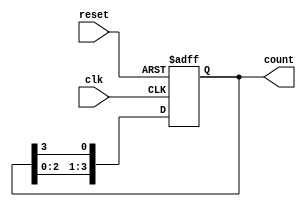
module bistable_ring_counter (
    input wire clk,           // Clock input
    input wire reset,         // Asynchronous reset input
    output reg [3:0] count    // 4-bit output for the ring counter
);

    // Initial state
    initial begin
        count = 4'b0001; // Initialize to state 0: 0001
    end

    // Always block triggered on the rising edge of the clock or reset
    always @(posedge clk or posedge reset) begin
        if (reset) begin
            count <= 4'b0001; // Reset to initial state: 0001
        end else begin
            // Shift the '1' to the left in a circular manner
            count <= {count[2:0], count[3]}; // Move the MSB to LSB
        end
    end

endmodule